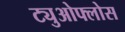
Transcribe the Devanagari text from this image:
ट्युओफ्लोस